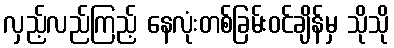
လှည့်လည်ကြည့် နေလုံးတစ်ခြမ်းဝင်ချိန်မှ သိုသို